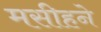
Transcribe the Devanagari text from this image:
मसीहने